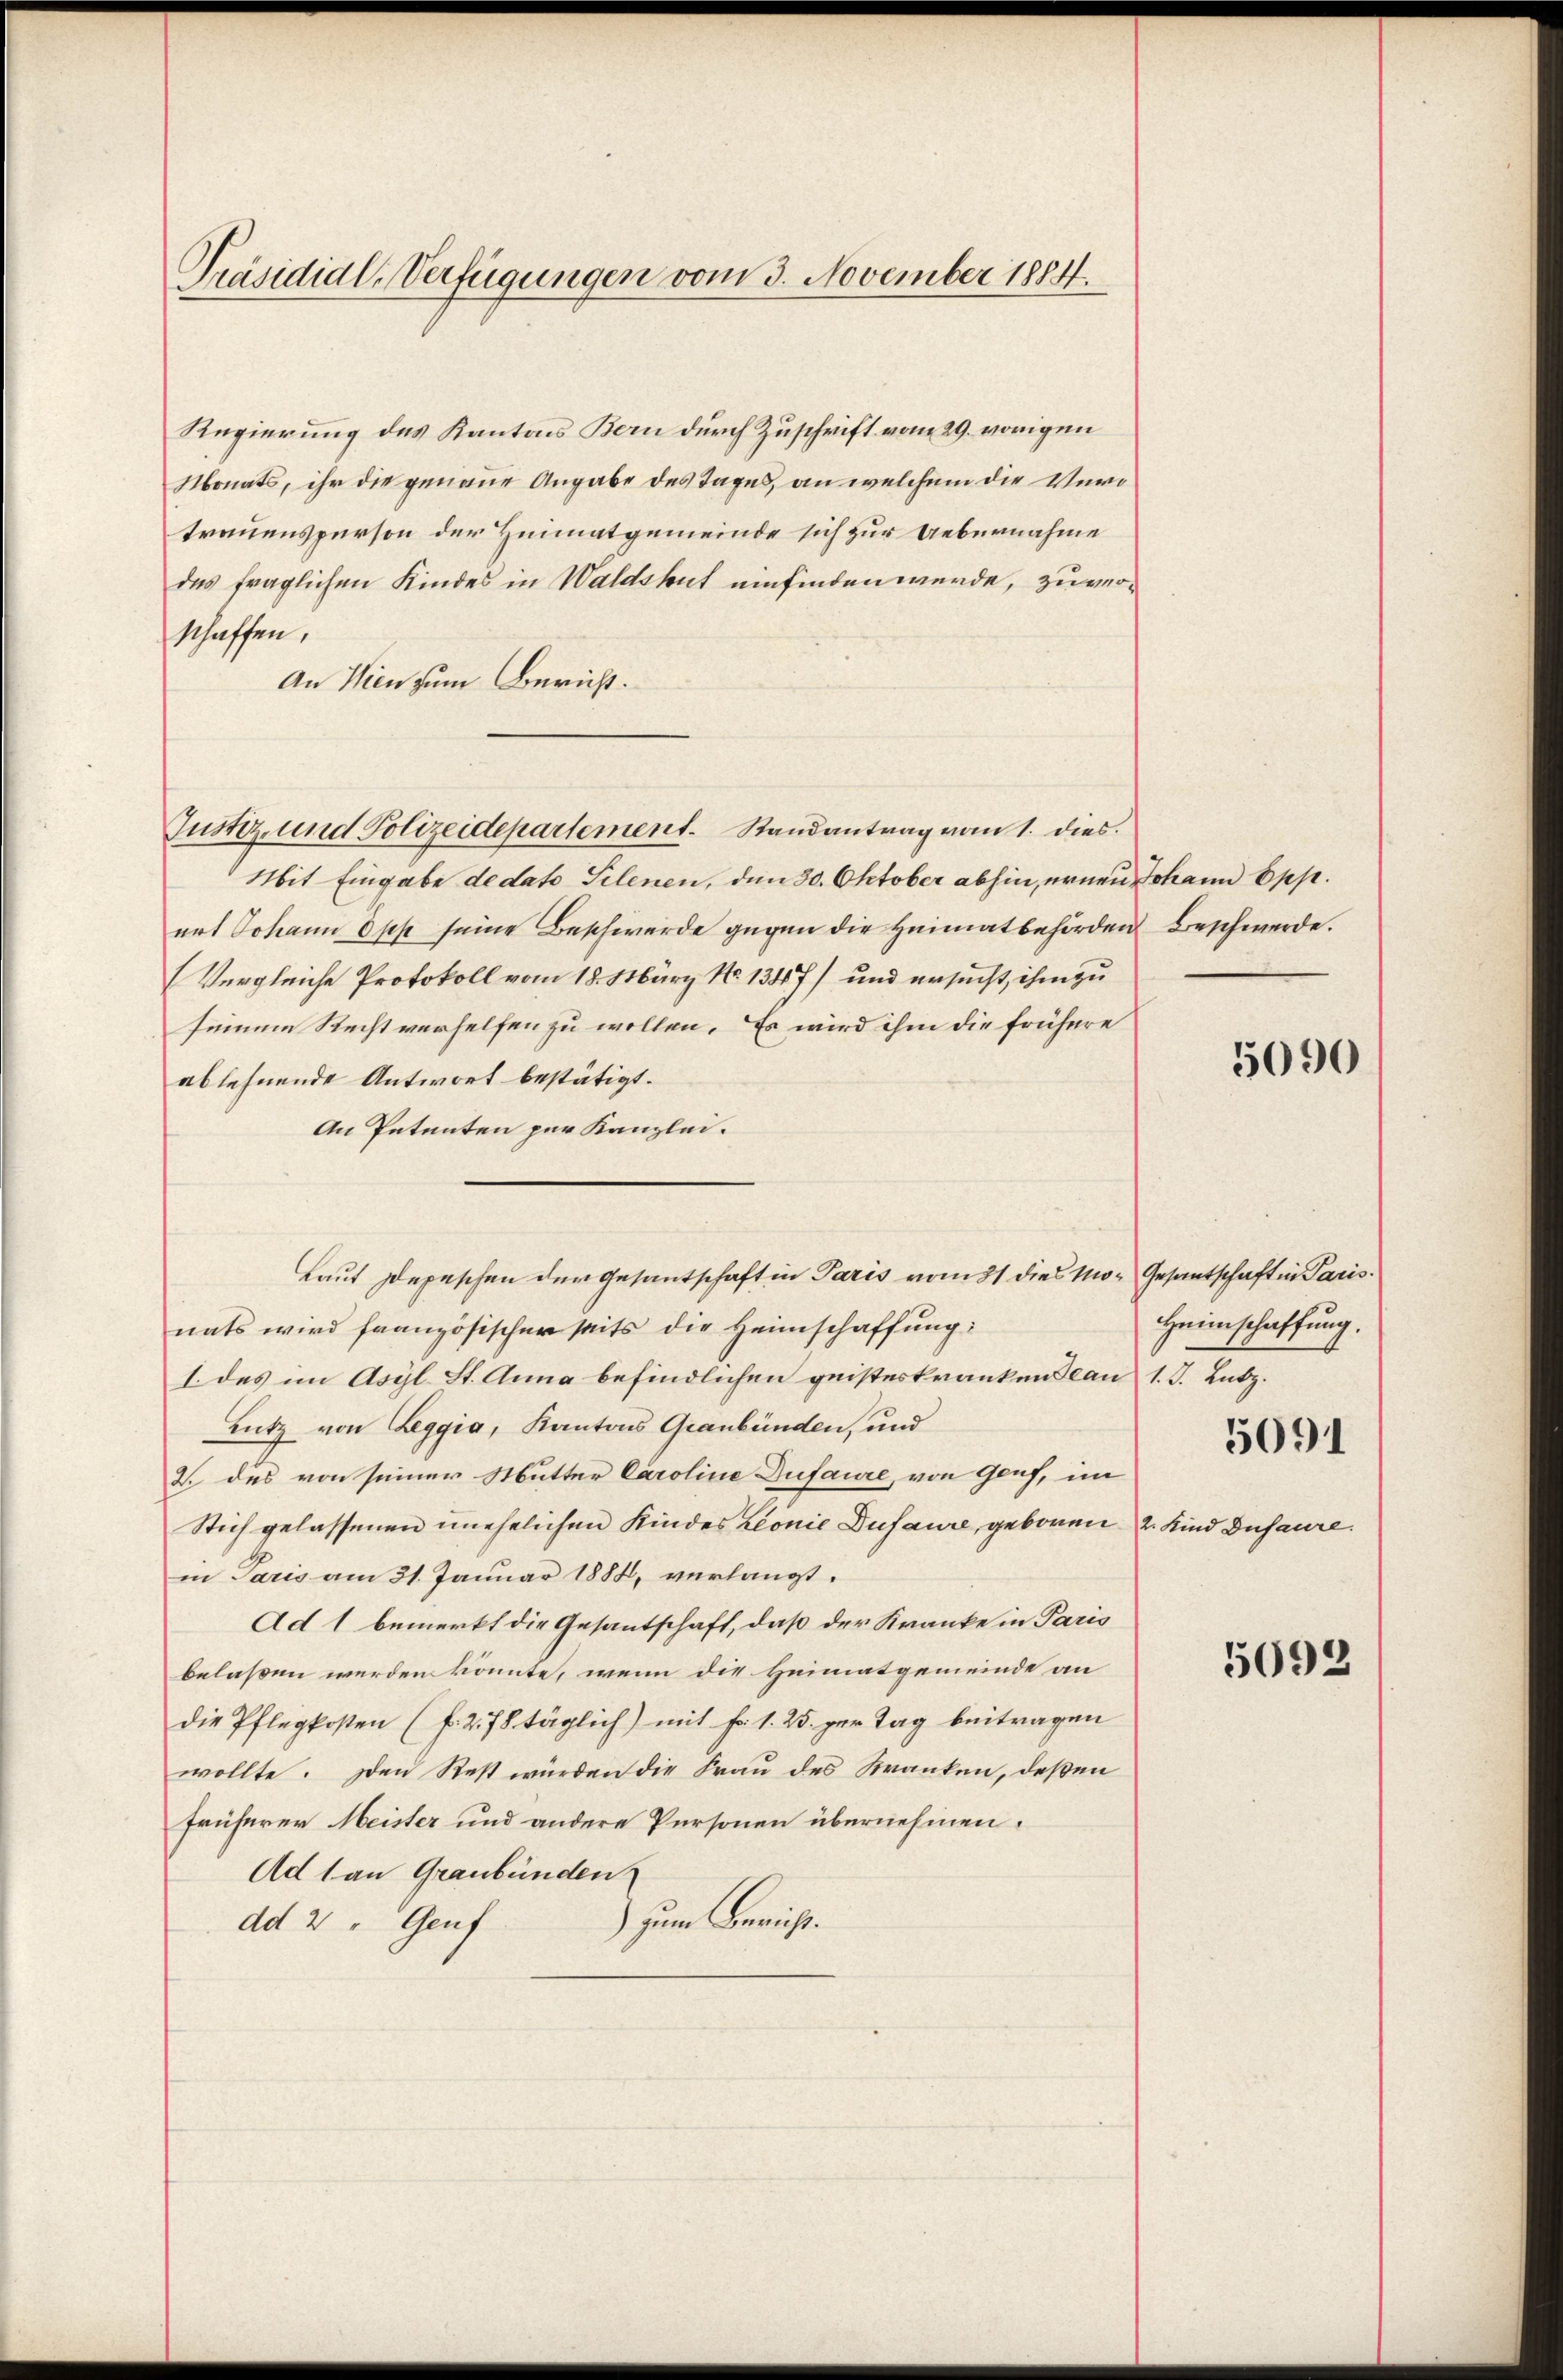
Präsidial-Verfügungen vom 3. November 1884.

Regierung des Kantons Bern durch Zuschrift vom 29. vorigen
Monats, ihr die genaue Angabe des Tages, an welchem die Vero
trauensperson der Heimatgemeinde sich zur Uebernahme
des fraglichen Kindes in Waldshut einfinden werde, zuverschaffen.
An Wien zum Bericht.
Justiz- und Polizeidepartement. Randantrag vom 1. dies.
Mit Eingabe dedato Telenen, den 30. Oktober abhin, ernen an Epp.
art Johann Opp seine Beschwerde gegen die Heimatbehörden Beschwerde.
Vergleiche Protokoll vom 18. März No 1347) und ersucht, ihm zu
seinem Recht verhelfen zu wollen. Es wird ihm die frühere
ablehnende Antwort bestätigt.
An Petenten per Kanzlei.
nats wird französischer seits die Heimschaffung:
I. des im Asyl. St. Anna befindlichen geisteskranken dean 1. J. Lutz.
Lutz von Leggia, Kantons Graubünden, und
2. des von seiner Mutter Caroline Dufaure, von Genf, im
Stich gelassenen unehelichen Kindes Leonie Dufaure, geboren 2. Kind Dusaure.
in Paris am 31. Januar 1884, verlangt.
Ad 1 bemerkt die Gesantschaft, daß der Kranke in Paris
belassen werden könnte, wenn die Heimatgemeinde an
die Pflegkosten (f. 278 täglich) mit fr. 1. 25. per Tag beitragen
wollte. Den Rest würden die Frau des Kranken, deßen
früherer Meister und andere Personen übernehmen.
Ad 1 an Graubünden
) zum Bericht.
dd 2 " Genf

Laut Depeschen der Gesantschaft in Paris vom 21 dies Mo- Gesantschaft in Paris

5090

Heimschaffung.

5091

5092